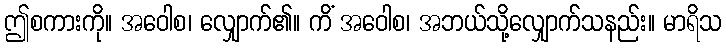
ဤစကားကို။ အဝေါစ၊ လျှောက်၏။ ကိံ အဝေါစ၊ အဘယ်သို့လျှောက်သနည်း။ မာရိသ